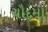
ચૌદમા